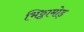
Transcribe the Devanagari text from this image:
भिठ्ठामोड़